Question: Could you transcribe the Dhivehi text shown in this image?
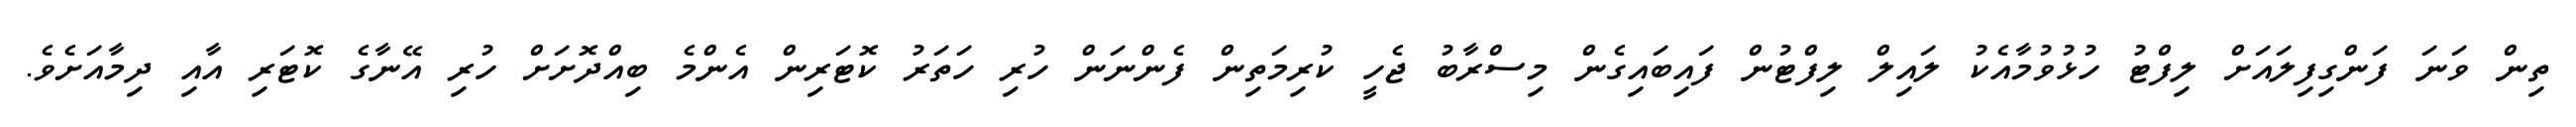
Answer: ތިން ވަނަ ފަންގިފިލައަށް ލިފްޓު ހުޅުވުމާއެކު ލައިލް ލިފްޓުން ފައިބައިގެން މިސްރާބު ޖެހީ ކުރިމަތިން ފެންނަން ހުރި ހަތަރު ކޮޓަރިން އެންމެ ބިއްދޮށަށް ހުރި އޭނާގެ ކޮޓަރި އާއި ދިމާއަށެވެ.